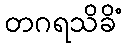
တဂရသိခိံ